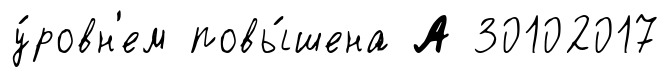
у́ровн'ем повы́шена А 30102017